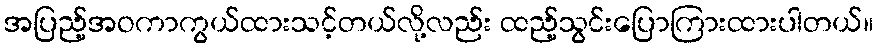
အပြည့်အဝကာကွယ်ထားသင့်တယ်လို့လည်း ထည့်သွင်းပြောကြားထားပါတယ်။